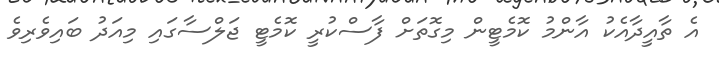
އެ ތާއީދާއެކު އާންމު ކޮމެޓީން މިގޮތަށް ފާސްކުރީ ކޮމެޓީ ޖަލްސާގައި މިއަދު ބައިވެރިވެ